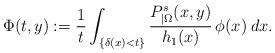
LaTeX: \begin{align*}\Phi(t,y):=\frac1t\int_{\{\delta(x)<t\}}\frac{P_{|\Omega}^s(x,y)}{h_1(x)}\,\phi(x)\:dx.\end{align*}